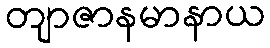
တျာဇာနမာနာယ